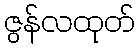
ဇွန်လထုတ်